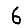
Digit: 6